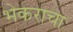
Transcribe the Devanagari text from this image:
भेकराचा